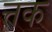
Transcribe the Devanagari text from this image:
त्तक